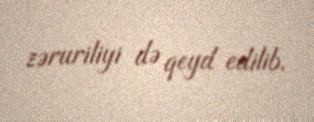
zəruriliyi də qeyd edilib.